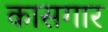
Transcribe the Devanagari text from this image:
कासगार